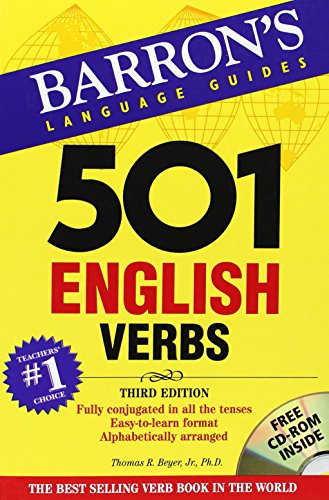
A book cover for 501 English Verbs with CD-ROM (501 Verb Series); Thomas R. Beyer Jr.; Reference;